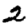
Digit: 2